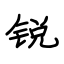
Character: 锐